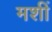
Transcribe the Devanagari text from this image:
मशीं